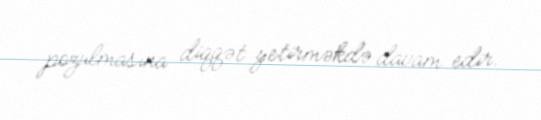
pozulmasına diqqət yetirməkdə davam edir.